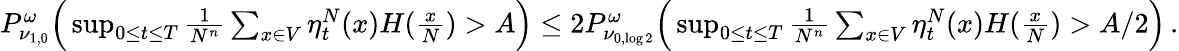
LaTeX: \begin{array}{r}{P_{\nu_{1,0}}^{\omega}\Big(\operatorname*{sup}_{0\leq t\leq T}\frac{1}{N^{n}}\sum_{x\in V}\eta_{t}^{N}(x)H(\frac xN)>A\Big)\leq 2P_{\nu_{0,\log 2}}^{\omega}\Big(\operatorname*{sup}_{0\leq t\leq T}\frac{1}{N^{n}}\sum_{x\in V}\eta_{t}^{N}(x)H(\frac xN)>A/2\Big)\, .}\end{array}